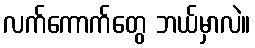
လက်ကောက်တွေ ဘယ်မှာလဲ။